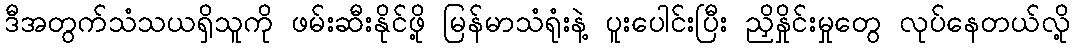
ဒီအတွက်သံသယရှိသူကို ဖမ်းဆီးနိုင်ဖို့ မြန်မာသံရုံးနဲ့ ပူးပေါင်းပြီး ညှိနှိုင်းမှုတွေ လုပ်နေတယ်လို့